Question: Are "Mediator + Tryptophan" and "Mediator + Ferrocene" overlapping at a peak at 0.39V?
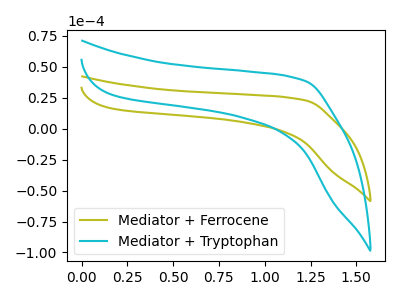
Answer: <think>The olive curve "Mediator + Ferrocene" has no peaks. The cyan curve "Mediator + Tryptophan" has no peaks.</think>
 <answer>No, "Mediator + Tryptophan" and "Mediator + Ferrocene" dont share a peak at 0.39V.</answer>
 <eval>mismatch</eval>